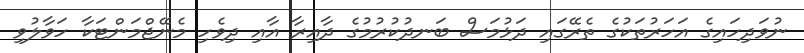
ނުވަދިހައިގެ އަހަރުތަކުގެ ތެރޭގައި ދަޅުމަސް ބަނދުކުރުމުގެ ދާއިރާ އާއި ދިވެހި މެނޭޖްމަންޓަކާ ހަވާލުވި